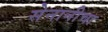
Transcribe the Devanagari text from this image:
सेनानीचा